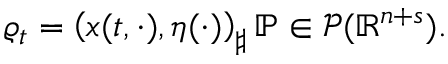
\begin{array} { r } { \varrho _ { t } = \left( x ( t , \cdot ) , \eta ( \cdot ) \right) _ { \sharp } \mathbb P \in \mathcal P ( \mathbb R ^ { n + s } ) . } \end{array}